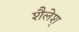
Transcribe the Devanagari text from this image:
शैलेश्